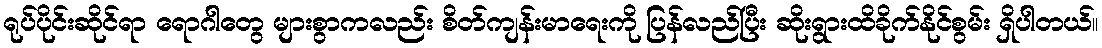
ရုပ်ပိုင်းဆိုင်ရာ ရောဂါတွေ များစွာကလည်း စိတ်ကျန်းမာရေးကို ပြန်လည်ပြီး ဆိုးရွားထိခိုက်နိုင်စွမ်း ရှိပါတယ်။